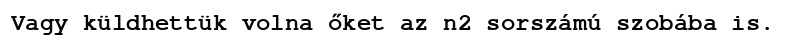
Vagy küldhettük volna őket az n2 sorszámú szobába is.